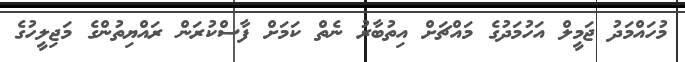
މުހައްމަދު ޖަމީލް އަހުމަދުގެ މައްޗަށް އިތުބާރު ނެތް ކަމަށް ފާސްކުރަން ރައްޔިތުންގެ މަޖިލީހުގެ